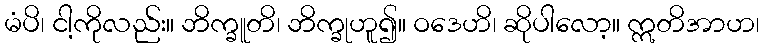
မံပိ၊ ငါ့ကိုလည်း။ ဘိက္ခူတိ၊ ဘိက္ခုဟူ၍။ ဝဒေဟိ၊ ဆိုပါလော့။ ဣတိအာဟ၊